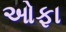
ઓફા